Indian journal of veterinary science and animal husbandry - Volume 10,
Year: 1940
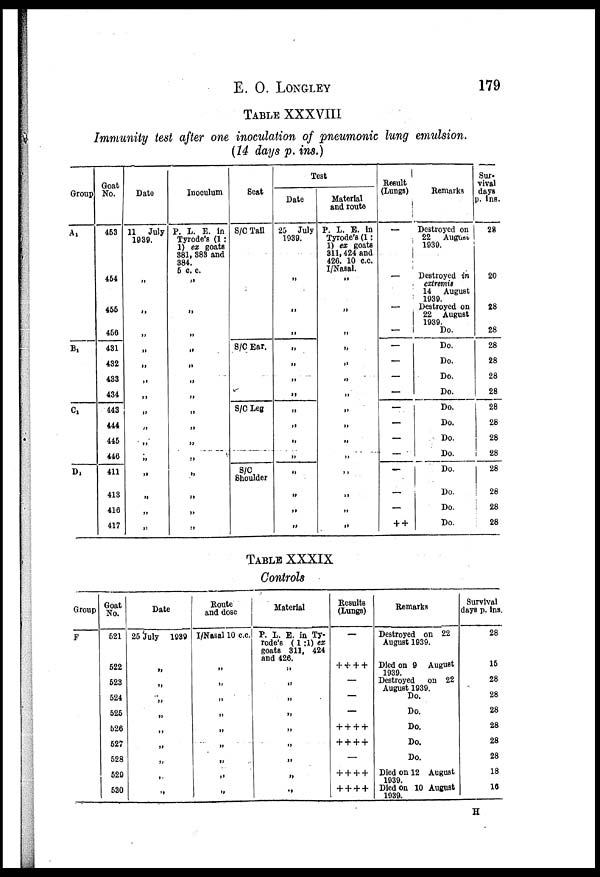
E.O.
LONGLEY
179
TABLE XXXVIII
Immunity test after one inoculation of pneumonic lung emulsion.
(14 days p. ins.)
Group
A 1
B 1
C 1
D 1
Goat
No.
453
454
455
456
431
432
433
434
443
444
445
446
411
413
416
417
Date
11 July
1939.
„
„
„
„
„
„
„
„
„
„
„
„
„
„
„
Inoculum
P. L. E. in
Tyrode's (1:
1) ex goats
381, 383 and
384.
5 c. c.
„
„
„
„
„
„
„
„
„
„
„
„
„
„
„
Seat
S/C Tail
S/C Ear.
S/C Leg
S/C
Shoulder
Test
Date
25 July
1939.
„
„
„
„
„
„
„
„
„
„
„
„
„
„
Material
and route
P. L. E. in
Tyrode's (1:
1) ex goats
311,424 and
426. 10 c.c.
I/Nasal.
„
„
„
„
„
„
„
„
„
„
„
„
„
„
„
Result
(Lungs)
—
—
—
—
—
—
—
—
— —
—
—
—
—
—
++
Remarks
Destroyed on
22 August
1939.
Destroyed in
extremis
14 August
1939.
Destroyed on
22 August
1939.
Do.
Do.
Do.
Do.
Do.
Do.
Do.
Do.
Do.
Do.
Do.
Do.
Do.
Sur-
vival
days
p. ins.
28
20
28
28
28
28
28
28
28
28
28
28
28
28
28
28
TABLE XXXIX
Controls
Group
F
Goat
No.
521
522
523
524
525
526
527
528
529
530
Date
25 July 1939
„
„
„
„
„
„
„
„
„
Route
and dose
I/Nasal 10 c.c.
„
„
„
„
„
„
„
„
„
Material
P. L. E. in Ty-
rode's ( 1 :1) ex
goats 311, 424
and 426.
„
„
„
,.
„
„
„
„
„
Results
(Lungs)
—
+ + + +
—
—
—
+ + + +
+ + + +
—
+ + + +
+ + + +
Remarks
Destroyed on 22
August 1939.
Died on 9 August
1939.
Destroyed on 22
August 1939.
Do.
Do.
Do.
Do.
Do.
Died on 12 August
1939
Died on 10 August
1939.
Survival
days p. ins.
28
15
28 28
28
28
28
28
18
16
H